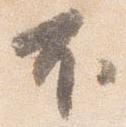
不